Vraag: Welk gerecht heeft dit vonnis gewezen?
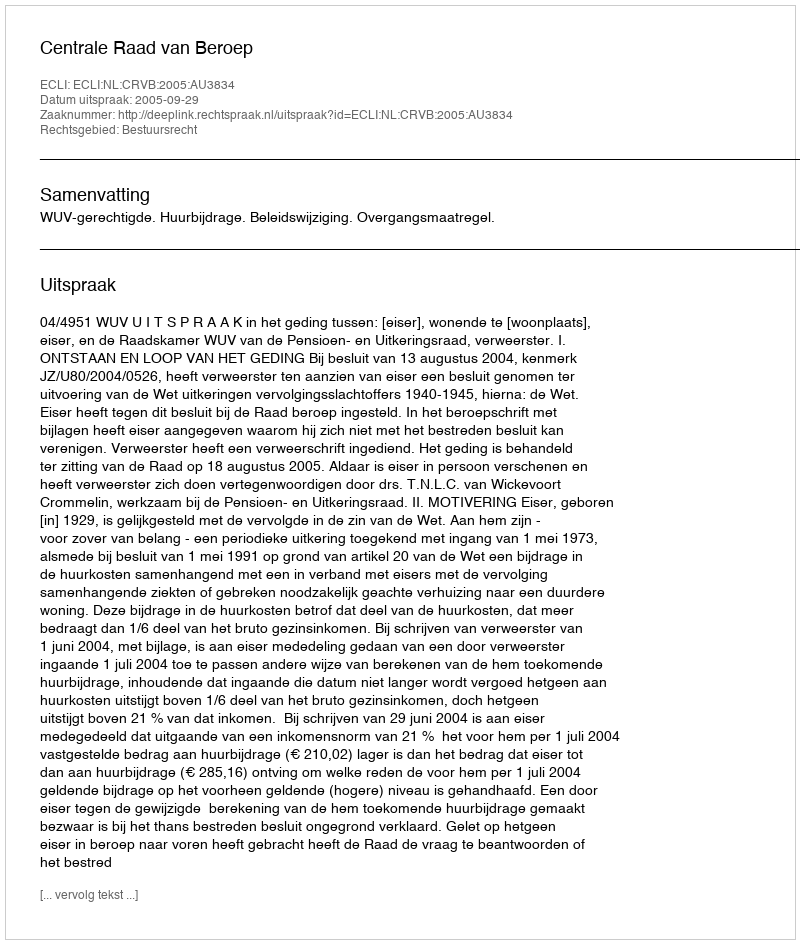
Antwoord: Centrale Raad van Beroep